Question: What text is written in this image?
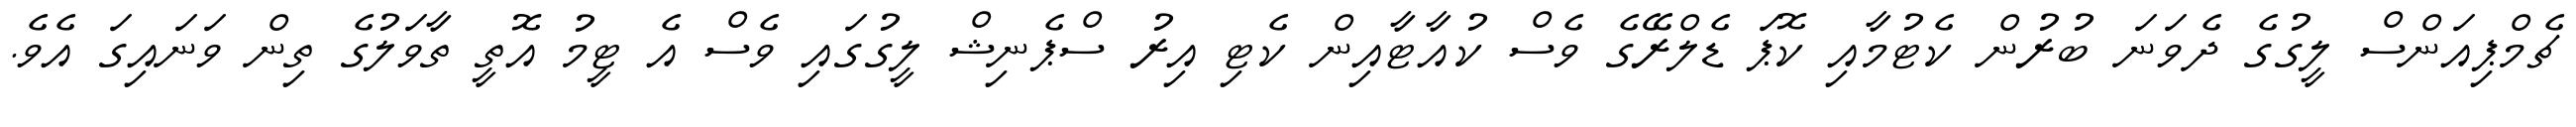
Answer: ޗެމްޕިއަންސް ލީގުގެ ދެވަނަ ބުރުން ކެޓުމާއި ކޮޕަ ޑެލްރޭގެ ވެސް ކުއާޓާއިން ކެޓި އިރު ސްޕެނިޝް ލީގުގައި ވެސް އެ ޓީމު އޮތީ ތާވަލުގެ ތިން ވަނައިގަ އެވެ.